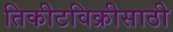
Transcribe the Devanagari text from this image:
तिकीटविक्रीसाठी